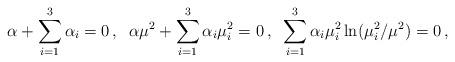
LaTeX: \begin{align*}\alpha+\sum_{i=1}^3 \alpha_i=0\,, \;\;\alpha\mu^2+\sum_{i=1}^3 \alpha_i\mu_i^2=0\,, \;\;\sum_{i=1}^3 \alpha_i\mu_i^2\ln(\mu_i^2/\mu^2)=0\,,\end{align*}